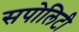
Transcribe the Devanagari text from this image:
सपोलिटी